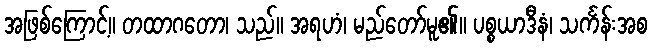
အဖြစ်ကြောင့်။ တထာဂတော၊ သည်။ အရဟံ၊ မည်တော်မူ၏။ ပစ္စယာဒီနံ၊ သင်္ကန်းအစ